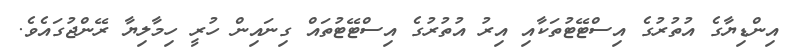
އިންޑިޔާގެ އުތުރުގެ އިސްޓޭޓުތަކާއި އިރު އުތުރުގެ އިސްޓޭޓުތައް ގިނައިން ހުރީ ހިމާލިޔާ ރޭންޖުގައެވެ.